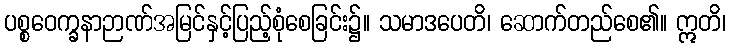
ပစ္စဝေက္ခနာဉာဏ်အမြင်နှင့်ပြည့်စုံစေခြင်း၌။ သမာဒပေတိ၊ ဆောက်တည်စေ၏။ ဣတိ၊